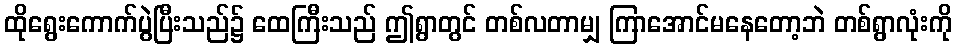
ထိုရွေးကောက်ပွဲပြီးသည်၌ ထေကြီးသည် ဤရွာတွင် တစ်လတာမျှ ကြာအောင်မနေတော့ဘဲ တစ်ရွာလုံးကို